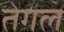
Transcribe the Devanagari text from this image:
तेगल